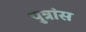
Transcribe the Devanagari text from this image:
पुत्रांस